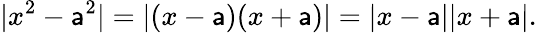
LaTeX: |x^{2}-\mathsf{a}^{2}|=|(x-\mathsf{a})(x+\mathsf{a})|=|x-\mathsf{a}||x+\mathsf{a}|.